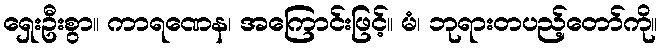
ရှေးဦးစွာ။ ကာရဏေန၊ အကြောင်းဖြင့်။ မံ၊ ဘုရားတပည့်တော်ကို။